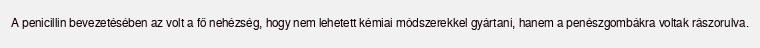
A penicillin bevezetésében az volt a fő nehézség, hogy nem lehetett kémiai módszerekkel gyártani, hanem a penészgombákra voltak rászorulva.